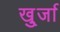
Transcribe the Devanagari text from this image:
खु्र्जा